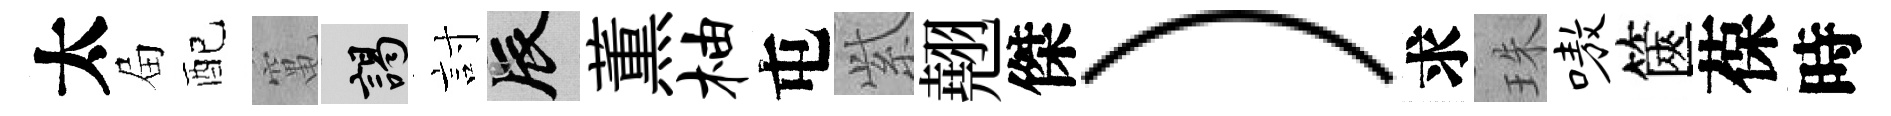
太屇配𥧄謁討辰薫柚屯𬗋翹傑）求珠嗷篋葆時